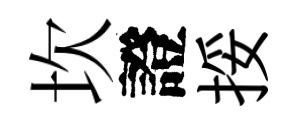
坎證挼